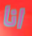
انا